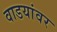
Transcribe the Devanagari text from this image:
वाडयांवर